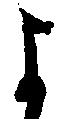
よ